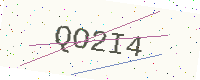
Text: QO2I4